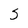
Character: S